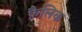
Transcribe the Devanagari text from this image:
फ़ैलिक